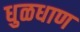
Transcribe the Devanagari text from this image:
धुळधाण